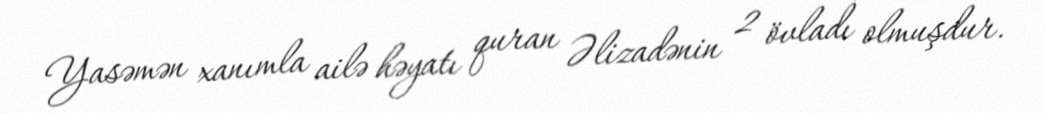
Yasəmən xanımla ailə həyatı quran Əlizadənin 2 övladı olmuşdur.